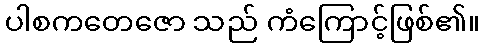
ပါစကတေဇော သည် ကံကြောင့်ဖြစ်၏။